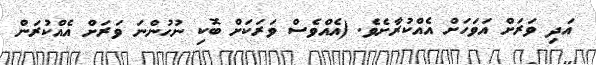
އަދި ވަރަށް އަވަހަށް އެއްކުރާށެވެ. (އެއްވެސް ވަރަކަށް ބޮކި ނުހުންނަ ވަރަށް އެއްކުރަން